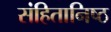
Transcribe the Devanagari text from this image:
संहितानिष्ठ